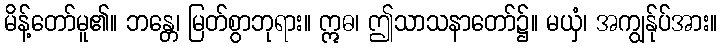
မိန့်တော်မူ၏။ ဘန္တေ၊ မြတ်စွာဘုရား။ ဣဓ၊ ဤသာသနာတော်၌။ မယှံ၊ အကျွန်ုပ်အား။